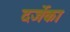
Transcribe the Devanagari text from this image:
दर्जेका